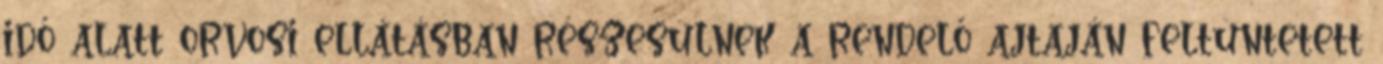
idő alatt orvosi ellátásban részesülnek a rendelő ajtaján feltüntetett